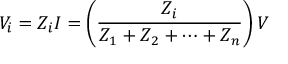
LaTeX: V _ { i } = Z _ { i } I = \left( { \frac { Z _ { i } } { Z _ { 1 } + Z _ { 2 } + \cdots + Z _ { n } } } \right) V